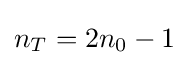
n_{T}=2n_{0}-1